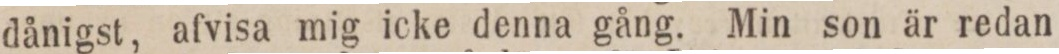
dånigst, afvisa mig icke denna gång. Min son är redan